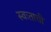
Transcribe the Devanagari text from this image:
स्वःताची